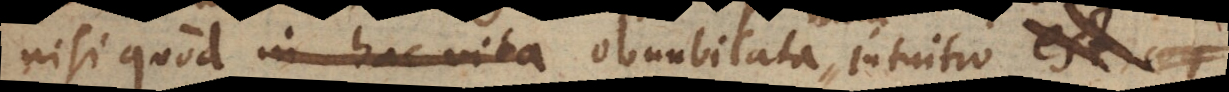
isi quod in hac vita obnubilata intuitio est